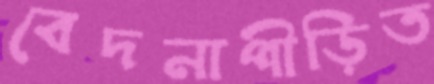
বেদনাপীড়িত